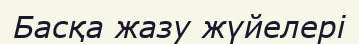
Басқа жазу жүйелері